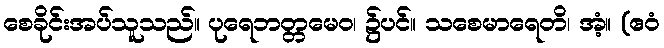
စေခိုင်းအပ်သူသည်။ ပုရေဘတ္တမေဝ၊ ၌ပင်။ သစေမာရေတိ၊ အံ့။ (ဧဝံ